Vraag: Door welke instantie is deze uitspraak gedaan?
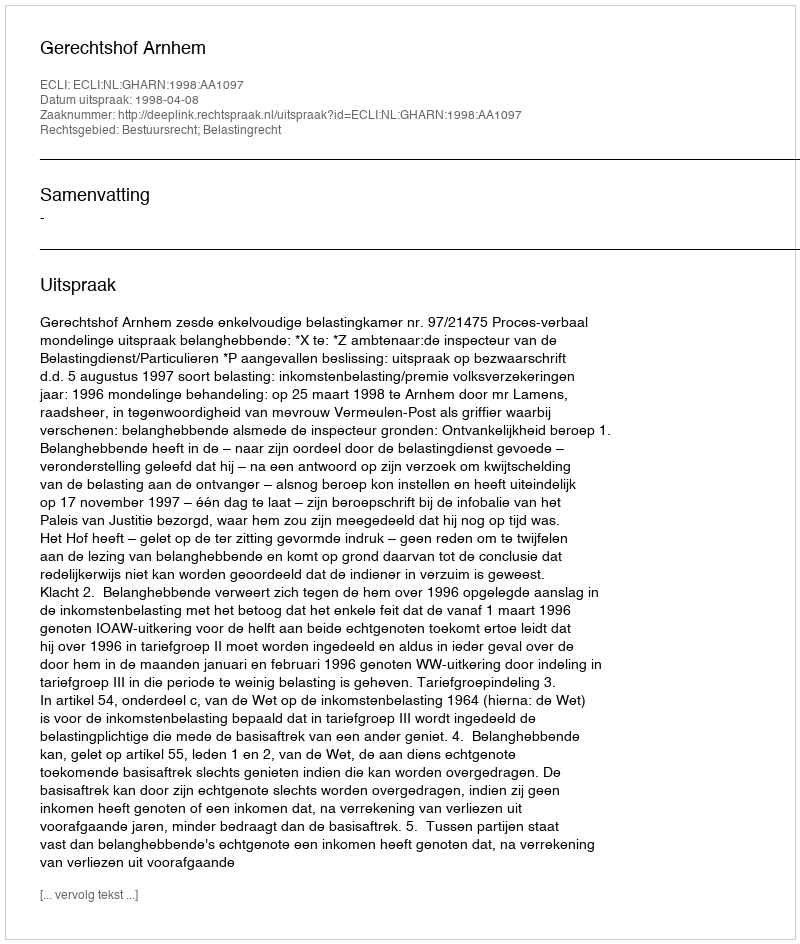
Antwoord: Gerechtshof Arnhem